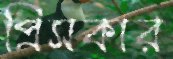
প্রিসকার